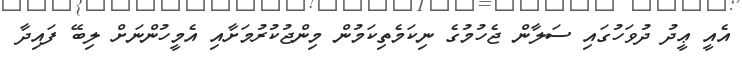
އެއީ ޢީދު ދުވަހުގައި ސަލާން ޖެހުމުގެ ނިކަމެތިކަމުން މިންޖުކުރުމަށާއި އެމީހުންނަށް ލިބޭ ފައިދާ